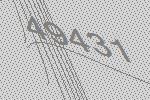
49431